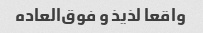
واقعا لذیذ و فوق‌العاده